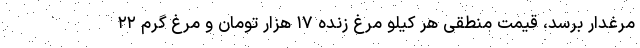
مرغدار برسد، قیمت منطقی هر کیلو مرغ زنده ۱۷ هزار تومان و مرغ گرم ۲۲